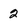
Character: 2